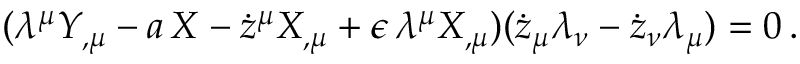
( \lambda ^ { \mu } Y _ { , \mu } - a \, X - \dot { z } ^ { \mu } X _ { , \mu } + \epsilon \, \lambda ^ { \mu } X _ { , \mu } ) ( \dot { z } _ { \mu } \lambda _ { \nu } - \dot { z } _ { \nu } \lambda _ { \mu } ) = 0 \, .